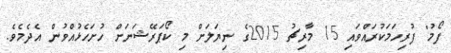
ފޯމު" ފުރިހަމަކުރައްވައި 15 މާރިޗު 2015ގެ ނިޔަލަށް މި ކޯޕަރޭޝަނަށް ހުށަހެޅުއްވުން އެދެމެވެ.